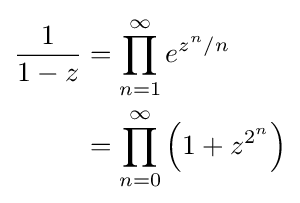
{\begin{aligned}{\frac {1}{1-z}}&=\prod _{n=1}^{\infty }e^{z^{n}/n}\\&=\prod _{n=0}^{\infty }\left(1+z^{2^{n}}\right)\end{aligned}}